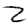
Digit: 2